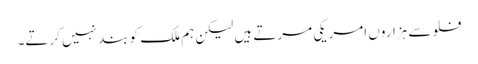
فلو سے ہزاروں امریکی مرتے ہیں لیکن ہم ملک کو بند نہیں کرتے۔